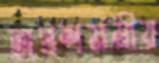
অপ্রশমনীয়